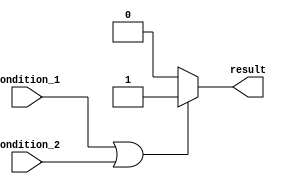
module if_else_logical_OR (
    input wire condition_1,
    input wire condition_2,
    output reg result
);

always @* begin
    if (condition_1 || condition_2) begin
        // If at least one of the conditions is true
        result = 1'b1; // execute statements inside if block
    end
    else begin
        // If both conditions are false
        result = 1'b0; // execute statements inside else block
    end
end

endmodule